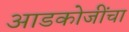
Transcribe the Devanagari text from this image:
आडकोजींचा